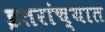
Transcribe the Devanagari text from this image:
इतरांच्यात